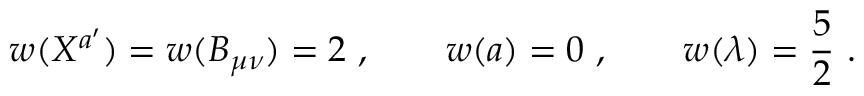
w ( X ^ { a ^ { \prime } } ) = w ( B _ { \mu \nu } ) = 2 \ , \qquad w ( a ) = 0 \ , \qquad w ( \lambda ) = { \frac { 5 } { 2 } } \ .